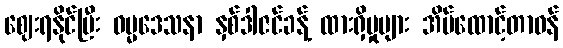
ဈေးရနိုင်ပြီး ဓမ္မဒေသနာ နှစ်ဒါဇင်ခန့် ထားရှိမှုများ အိမ်ထောင့်တာဝန်